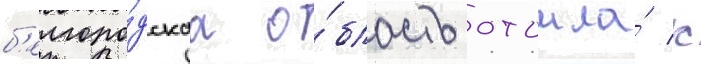
б'елгоро́дскаа о́бласть отошла́ к